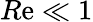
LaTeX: R\mathrm{e}\ll1